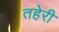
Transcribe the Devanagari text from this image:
तहेरी